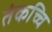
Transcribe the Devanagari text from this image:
तंकच्चि